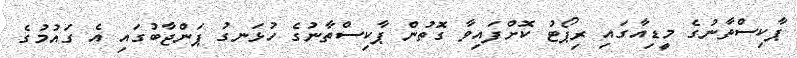
ޕާކިސްތާނުގެ މީޑިއާގައި ރިޕޯޓު ކޮށްފައިވާ ގޮތުން ޕާކިސްތާނުގެ ހުޅަނގު ޕަންޖާބުގައި އެ ގައުމުގެ